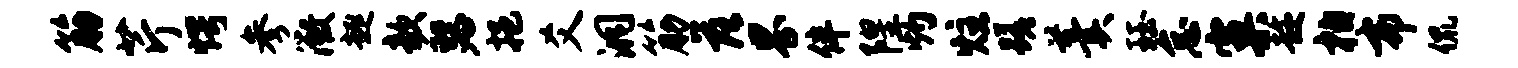
筋芹愕参微趣欹瑟挹爻洞筋落界伴隍灼炷蹉羹珏怠窠趁柏布侃